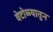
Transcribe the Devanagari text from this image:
वेटोळ्यातुन